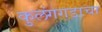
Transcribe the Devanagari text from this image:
कुलंगगडाचा